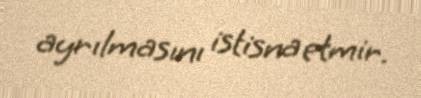
ayrılmasını istisna etmir.